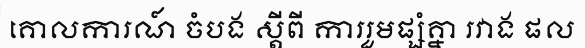
គោលការណ៍ ចំបង ស្តីពី ការរួមផ្សំគ្នា រវាង ផល